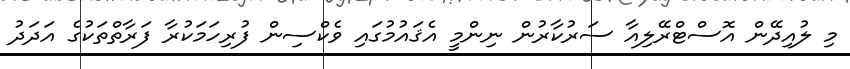
މި ލުއިދޭން އޮސްޓްރޭލިއާ ސަރުކާރުން ނިންމީ އެޤައުމުގައި ވެކްސިން ފުރިހަމަކުރާ ފަރާތްތަކުގެ އަދަދު